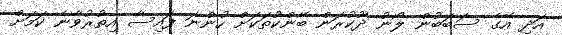
އަދި އޭގެ ސަބަބުން ލޯނު ދޫކުރަން ބޭންކުތަަކަށް ހުންނަ ފައިސާ އިތުރުވާނެ ކަމަށް